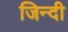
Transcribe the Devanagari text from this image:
जिन्दी